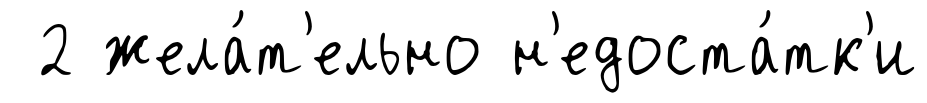
2 жела́т'ельно н'едоста́тк'и